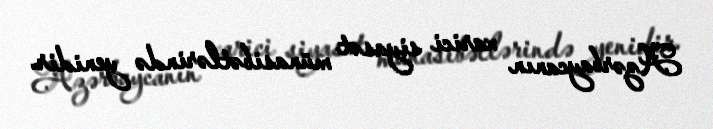
Azərbaycanın xarici siyasət münasibətlərində yenidir.